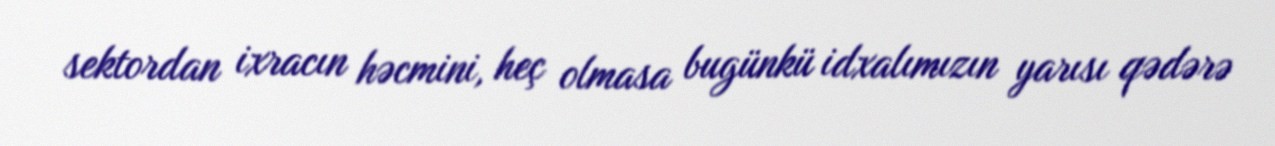
sektordan ixracın həcmini, heç olmasa bugünkü idxalımızın yarısı qədərə